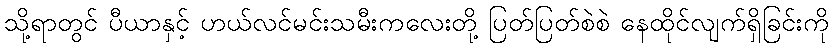
သို့ရာတွင် ပီယာနှင့် ဟယ်လင်မင်းသမီးကလေးတို့ ပြတ်ပြတ်စဲစဲ နေထိုင်လျက်ရှိခြင်းကို